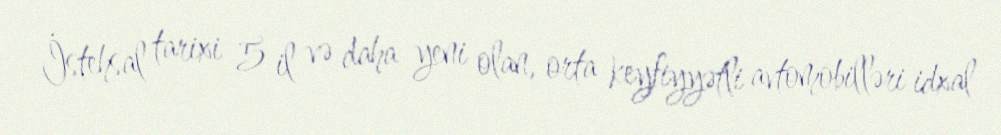
İstehsal tarixi 5 il və daha yeni olan, orta keyfiyyətli avtomobilləri idxal